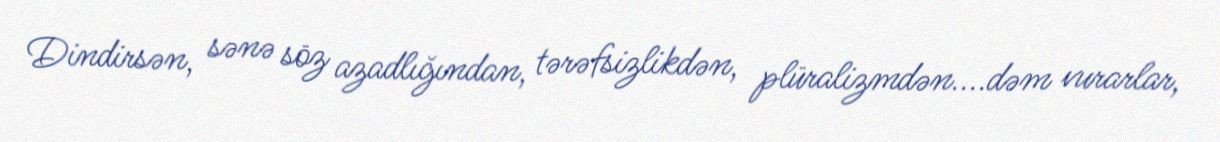
Dindirsən, sənə söz azadlığından, tərəfsizlikdən, plüralizmdən....dəm vurarlar,